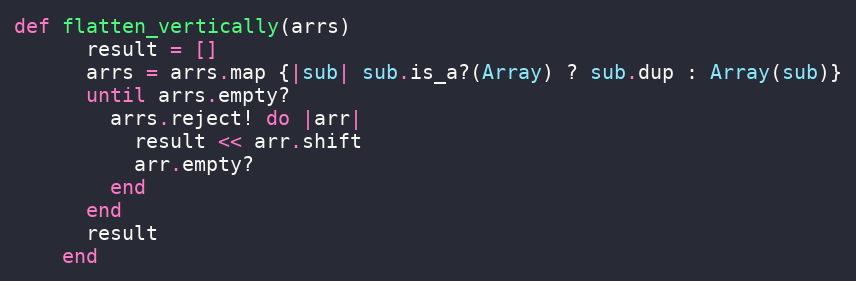
Language: Ruby
def flatten_vertically(arrs)
      result = []
      arrs = arrs.map {|sub| sub.is_a?(Array) ? sub.dup : Array(sub)}
      until arrs.empty?
        arrs.reject! do |arr|
          result << arr.shift
          arr.empty?
        end
      end
      result
    end